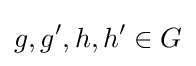
g,g',h,h'\in G